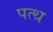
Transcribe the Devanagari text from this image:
पत्थ